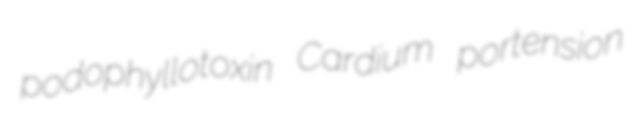
podophyllotoxin Cardium portension